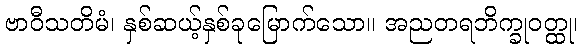
ဗာဝီသတိမံ၊ နှစ်ဆယ့်နှစ်ခုမြောက်သော။ အညတရဘိက္ခုဝတ္ထု၊